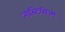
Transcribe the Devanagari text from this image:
नास्टिसिज्म